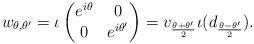
LaTeX: \begin{align*} w_{\theta,\theta'} = \iota\begin{pmatrix} e^{i\theta} & 0 \\ 0 & e^{i \theta'} \end{pmatrix} = v_{\frac{\theta+\theta'}{2}} \iota(d_{\frac{\theta-\theta'}{2}}).\end{align*}